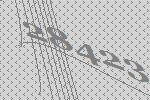
28423